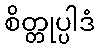
စိတ္တုပ္ပါဒံ